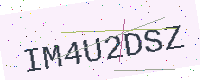
Text: IM4U2DSZ